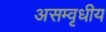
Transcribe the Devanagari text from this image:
असम्वृधीय